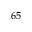
^ { 6 5 }